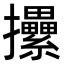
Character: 𢺢